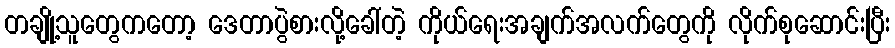
တချို့သူတွေကတော့ ဒေတာပွဲစားလို့ခေါ်တဲ့ ကိုယ်ရေးအချက်အလက်တွေကို လိုက်စုဆောင်းပြီး